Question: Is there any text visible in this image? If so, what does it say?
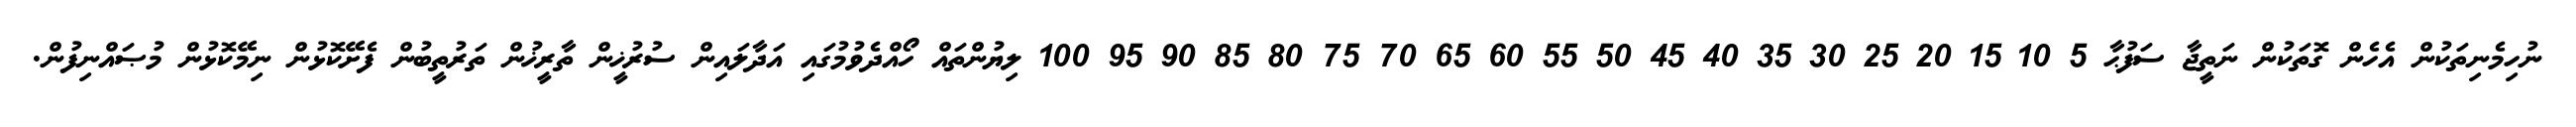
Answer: ނުހިމެނިތަކުން އެހެން ގޮތަކުން ނަތީޖާ ސަފުޙާ 5 10 15 20 25 30 35 40 45 50 55 60 65 70 75 80 85 90 95 100 ލިޔުންތައް ހޯއްދެވުމުގައި އަދާލައިން ސުރުޚީން ތާރީޚުން ތަރުތީބުން ފެށޭކޮޅުން ނިމޭކޮޅުން މުޞައްނިފުން.